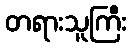
တရားသူကြီး